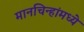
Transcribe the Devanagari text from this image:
मानचिन्हांमध्ये